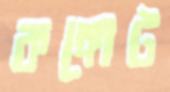
কঙ্গোট